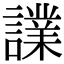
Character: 𧬬